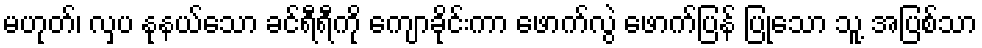
မဟုတ်၊ လှပ နုနယ်သော ခင်ရီရီကို ကျောခိုင်းကာ ဖောက်လွဲ ဖောက်ပြန် ပြုသော သူ့ အပြစ်သာ